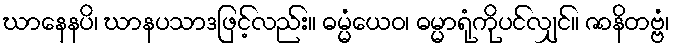
ဃာနေနပိ၊ ဃာနပသာဒဖြင့်လည်း။ ဓမ္မံယေဝ၊ ဓမ္မာရုံကိုပင်လျှင်။ ဇာနိတဗ္ဗံ၊